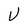
Character: U